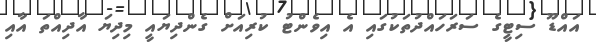
އައްޑޫ ސިޓީގެ ސަރަހައްދުތަކުގައި އެ އިވެންޓު ކުރިއަށް ގެންދިޔައީ މިދިޔަ އާދިއްތަ އާއި